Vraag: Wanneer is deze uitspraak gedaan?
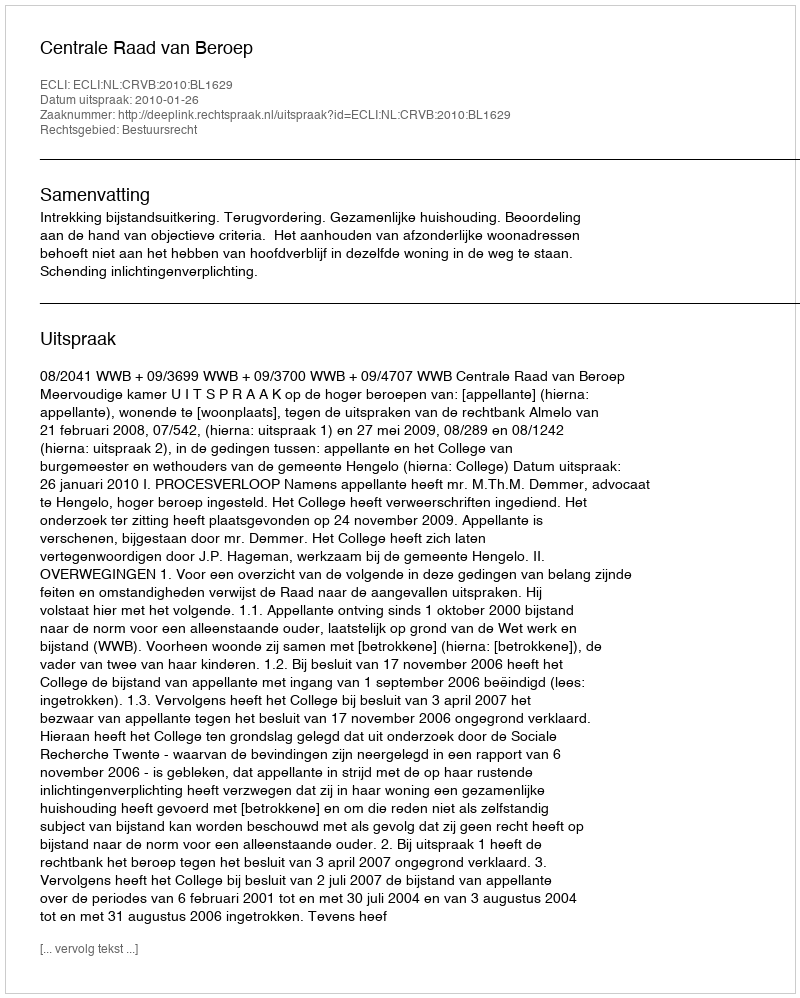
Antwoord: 2010-01-26